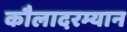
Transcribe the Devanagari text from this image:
कौलादरम्यान